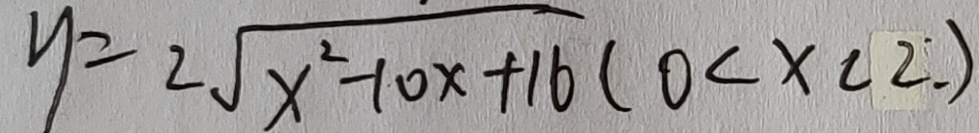
y = 2 \sqrt { x ^ { 2 } - 1 0 x + 1 6 } ( 0 < x < 2 . )